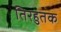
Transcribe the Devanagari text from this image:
तिरहुतक